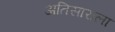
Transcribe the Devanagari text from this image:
अतिसाराला